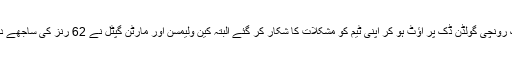
میزبان ٹیم کی جانب سے دیے گئے ہدف کے تعاقب میں لیوک رونچی گولڈن ڈک پر آؤٹ ہو کر اپنی ٹیم کو مشکلات کا شکار کر گئے البتہ کین ولیمسن اور مارٹن گپٹل نے 62 رنز کی ساجھے داری قائم کر کے ابتدائی نقصان کا ازالہ کرنے کی کوشش کی۔